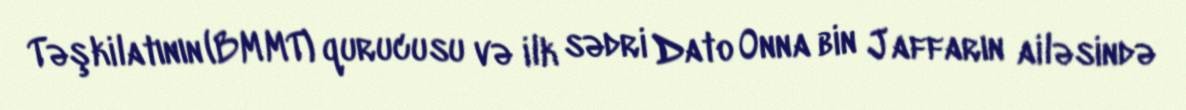
Təşkilatının (BMMT) qurucusu və ilk sədri Dato Onna bin Jaffarın ailəsində